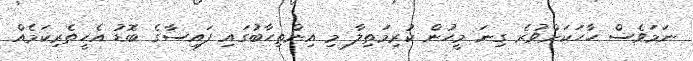
ނަމަވެސް ހާހަކަށްވުރެ ގިނަ މީހުން ކުރިމަތިލާ މި އިންތިހާބުގައި ފައިސާގެ ބޮޑު އެހީތެރިކަމެއް